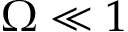
\Omega \ll 1